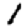
Digit: 1